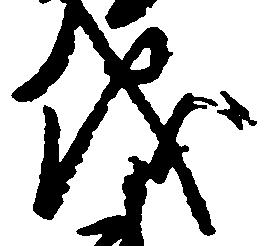
儀